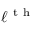
\ell ^ { \mathrm { ~ t ~ h ~ } }